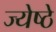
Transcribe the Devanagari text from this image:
ज्येष्ठे